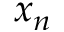
x _ { n }